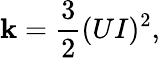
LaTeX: \mathbf{k}={\frac{{3}}{{2}}}(UI)^{2},